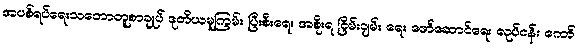
အပစ်ရပ်ရေးသဘောတူစာချုပ် ဒုတိယမူကြမ်း ပြီးစီးရေး အစိုးရ ငြိမ်းချမ်း ရေး ဖော်ဆောင်ရေး လုပ်ငန်း ကော်